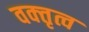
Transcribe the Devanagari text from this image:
वक्‍तृत्व